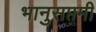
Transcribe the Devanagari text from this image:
भानुसप्तमी